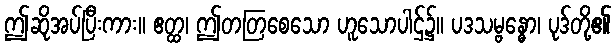
ဤဆိုအပ်ပြီးကား။ ဧတ္ထ၊ ဤတတြစေသော ဟူသောပါဌ်၌။ ပဒသမ္ဗန္ဓော၊ ပုဒ်တို့၏